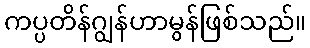
ကပ္ပတိန်ဂျွန်ဟာမွန်ဖြစ်သည်။